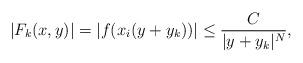
LaTeX: \begin{align*} |F_k(x,y)| = |f(x_i(y+y_k))| \leq \frac{C}{|y+y_k|^N}, \end{align*}